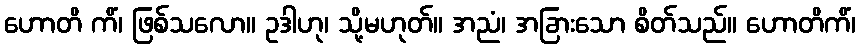
ဟောတိ ကိံ၊ ဖြစ်သလော။ ဥဒါဟု၊ သို့မဟုတ်။ အညံ၊ အခြားသော စိတ်သည်။ ဟောတိကိံ၊